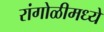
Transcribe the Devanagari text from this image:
रांगोळीमध्ये